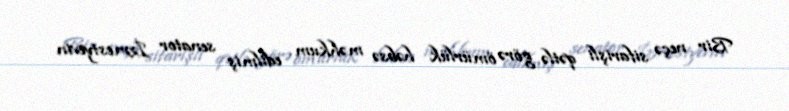
Bir neçə sifarişli qətlə görə ömürlük həbsə məhkum edilmiş senator İzmestyevin